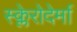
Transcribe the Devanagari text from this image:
स्क्लेरोदेर्मा